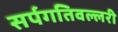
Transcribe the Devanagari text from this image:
सर्पगतिवल्लरी